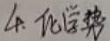
4. 化学反应热